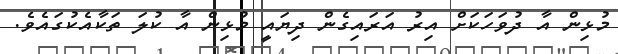
މުޅިން އާ ދުވަހަކަށް އިރު އަރައިގެން ދިޔައީ މުޅިން އާ ކުލަ ތަކާއެކުގައެވެ.